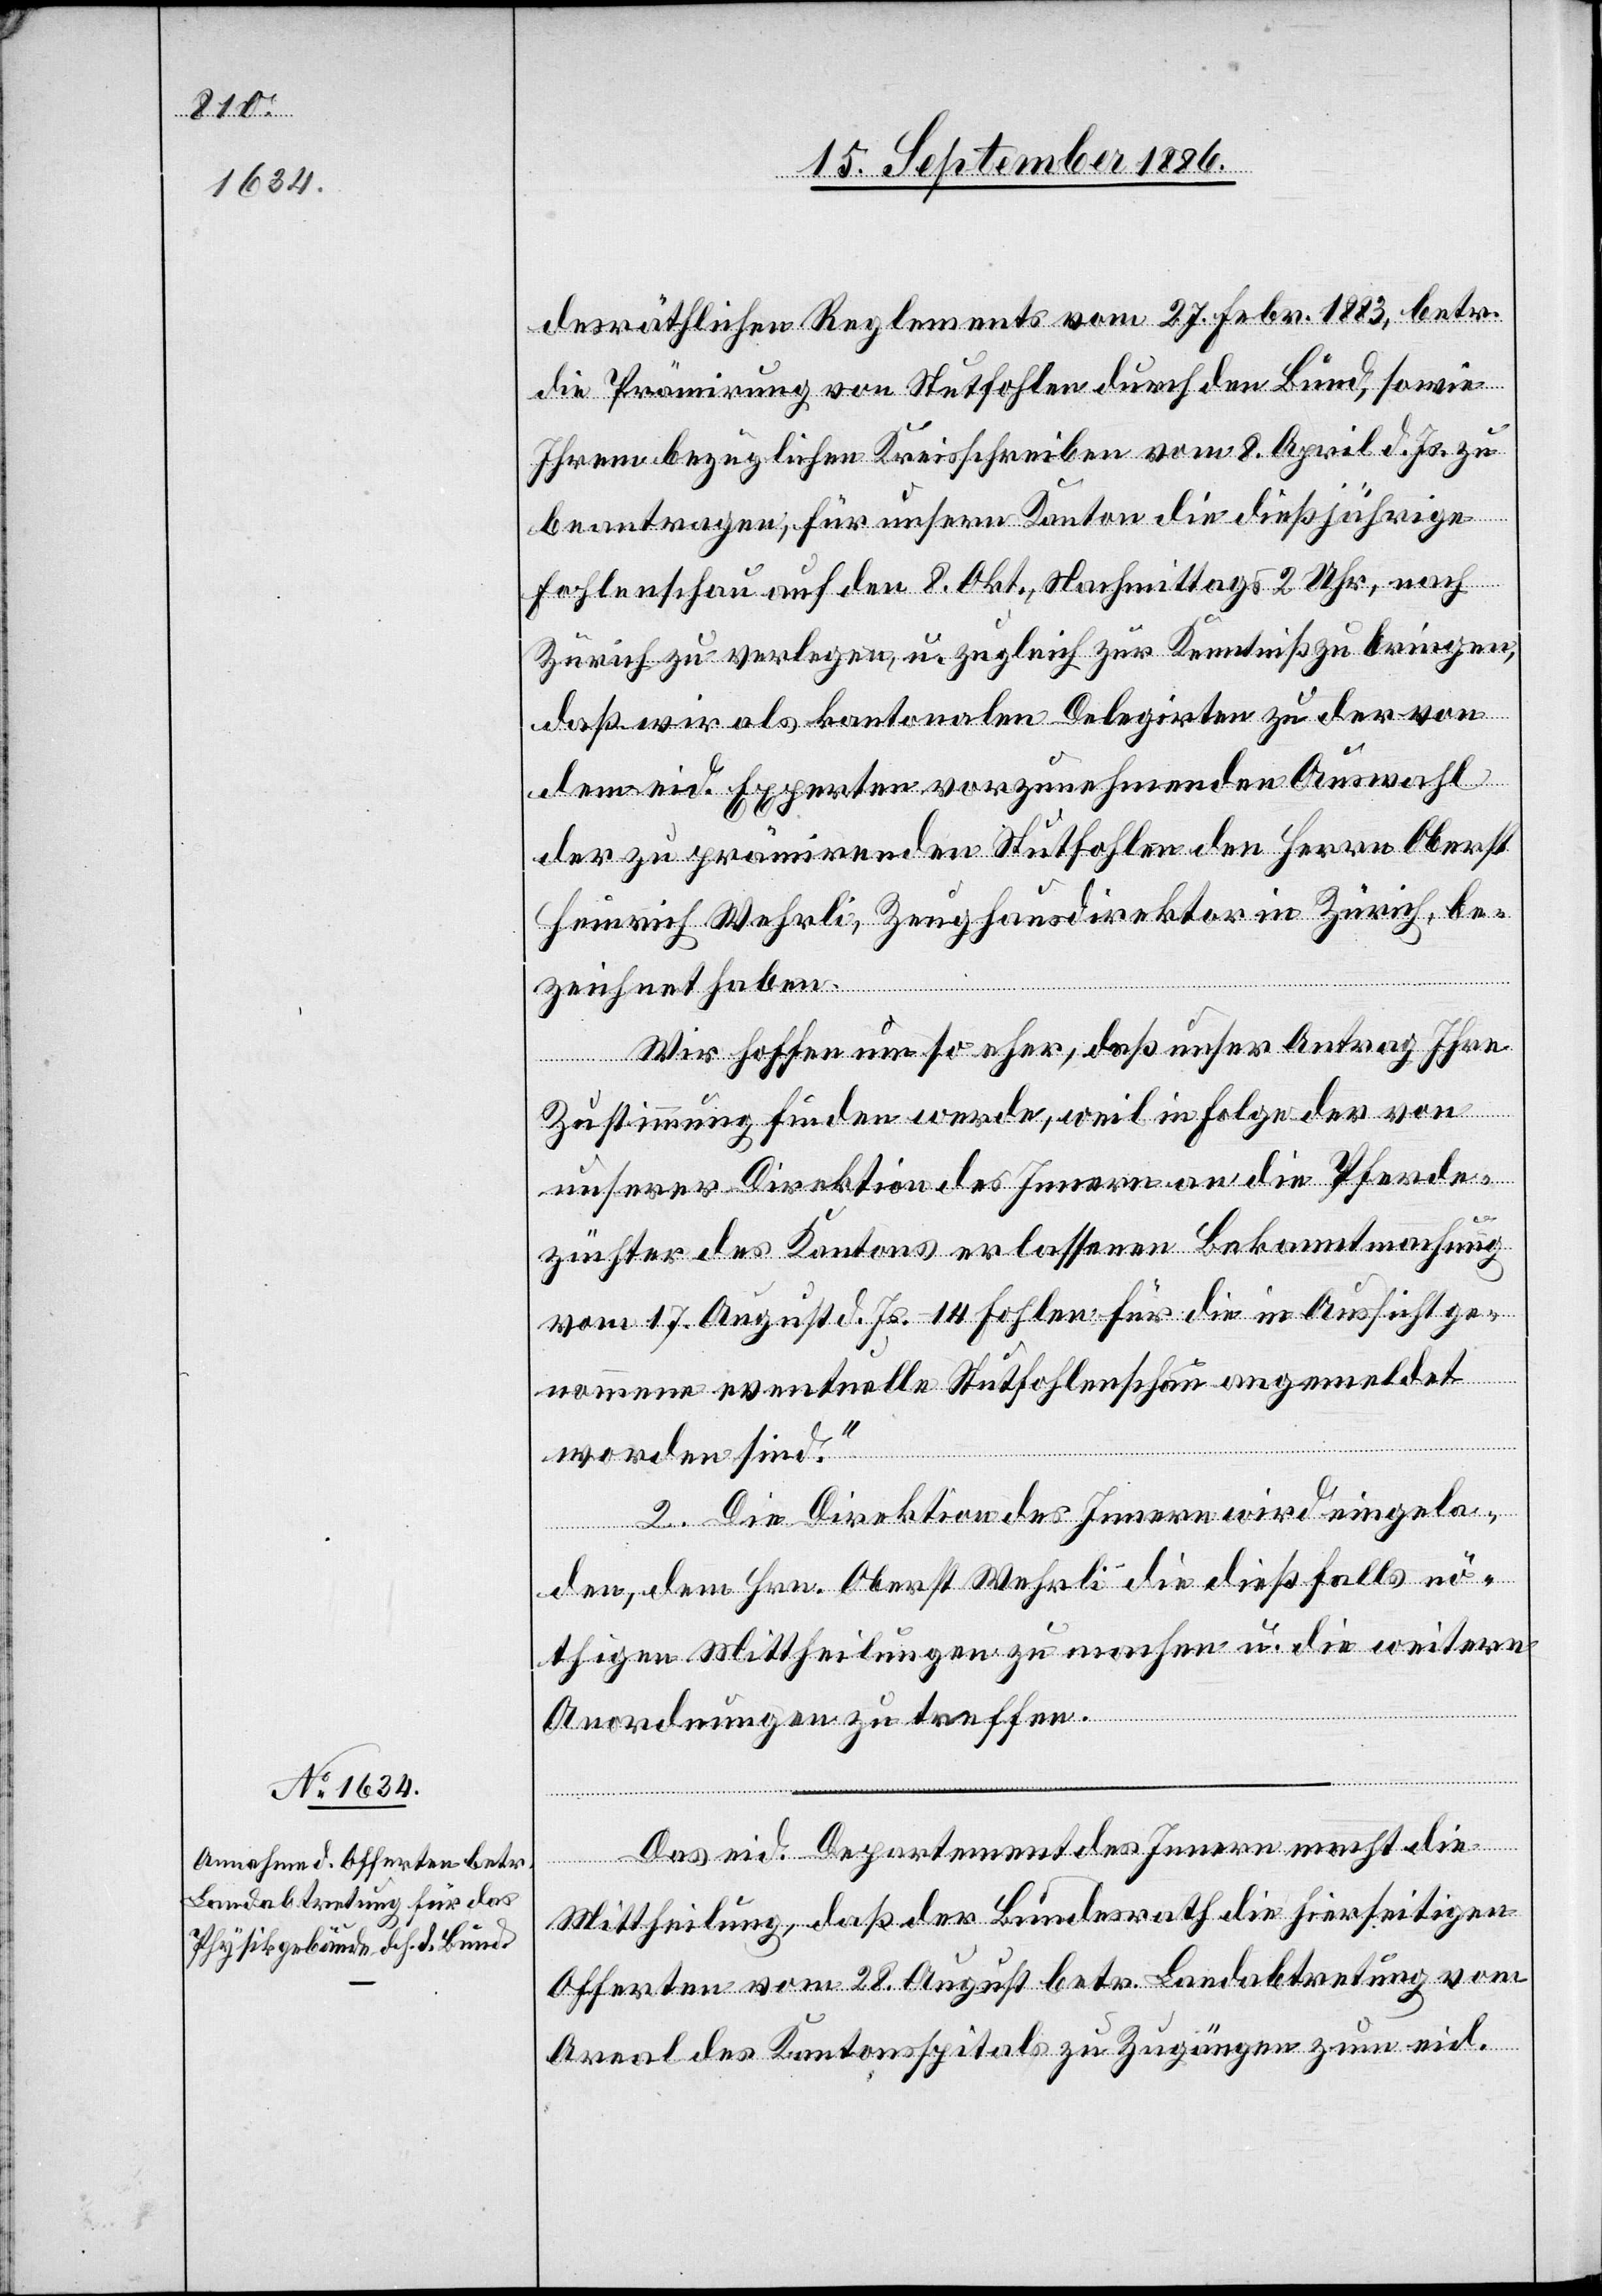
desräthlichen Reglements vom 27. Febr. 1883, betr.
die Prämirung von Stutfohlen durch den Bund, sowie
Ihrem bezüglichen Kreisschreiben vom 8. April d. Js. zu
beantragen, für unsern Kanton die dießjährige
Fohlenschau auf den 8. Okt., Nachmittags 2 Uhr, nach
Zürich zu verlegen, u. zugleich zur Kenntniß zu bringen,
daß wir als kantonalen Delegirten zu der von
dem eid. Experten vorzunehmenden Auswahl
der zu prämirenden Stutfohlen den Herrn Oberst
Heinrich Wehrli, Zeughausdirektor in Zürich, be¬
zeichnet haben.
Wir hoffen um so eher, daß unser Antrag Ihre
Zustimmung finden werde, weil in Folge der von
unserer Direktion des Innern an die Pferde¬
[si¬
züchter des Kantons erlassenen Bekanntmachung
vom 17. August d. Js. 14 Fohlen für die in Aussicht ge¬
nommene eventuelle Stutfohlenschau angemeldet
worden sind.“
c!] Die Direktion des Innern wird eingela¬
den, dem Hrn. Oberst Wehrli die dießfalls nö¬
thigen Mittheilungen zu machen u. die weitern
Anordnungen zu treffen.
Das eid. Departement des Innern macht die
Mittheilung, daß der Bundesrath die hierseitigen
Offerten vom 28. August betr. Landabtretung vom
Areal des Kantonsspitals zu Zugängen zum eid.